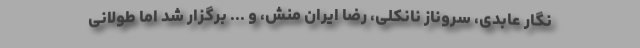
نگار عابدی، سروناز نانکلی، رضا ایران منش، و ... برگزار شد اما طولانی